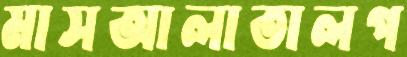
মাসআলাতালপ